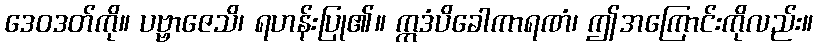
ဒေဝဒတ်ကို။ ပဗ္ဗာဇေသိ၊ ရဟန်းပြု၏။ ဣဒံပိခေါကာရဏံ၊ ဤအကြောင်းကိုလည်း။